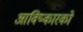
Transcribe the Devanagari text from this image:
आविष्कारको